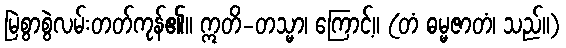
မြဲစွာစွဲလမ်းတတ်ကုန်၏။ ဣတိ-တသ္မာ၊ ကြောင့်။ (တံ ဓမ္မဇာတံ၊ သည်။)